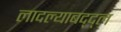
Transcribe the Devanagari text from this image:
लादल्याबद्द्ल